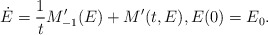
\begin{align*}\dot{E}=\dfrac{1}{t} M_{-1}'(E) + M'(t,E), E(0)=E_0.\end{align*}